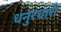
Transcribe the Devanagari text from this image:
धनुरधारी